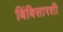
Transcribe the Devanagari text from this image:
बिंबिसारशी